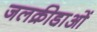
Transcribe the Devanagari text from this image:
जलक्रीडा़ओं